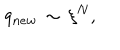
q _ { n e w } \, \sim \, \xi ^ { N } ,